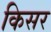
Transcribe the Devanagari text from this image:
किसर